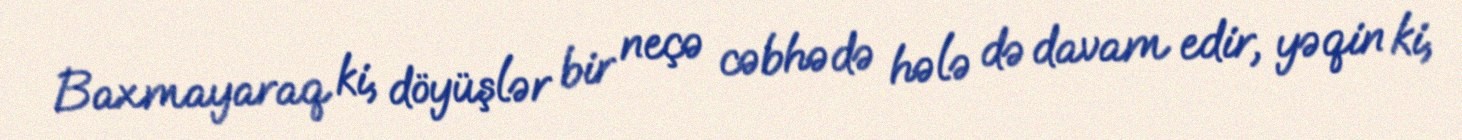
Baxmayaraq ki, döyüşlər bir neçə cəbhədə hələ də davam edir, yəqin ki,